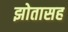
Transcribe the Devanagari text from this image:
झोतासह